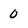
Character: o